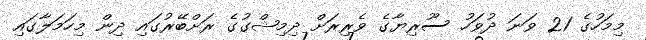
މިމަހުގެ 21 ވަނަ ދުވަހު ސޫރިޔާގެ ވެރިރަށް ދިމިޝްގުގެ ރަށްބޭރުގައި ދިން މިހަމަލާގައި